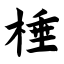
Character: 棰